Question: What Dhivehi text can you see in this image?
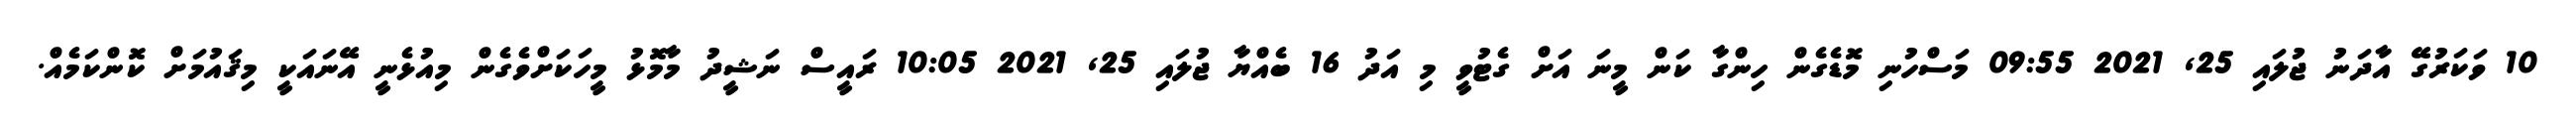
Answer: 10 ވަކަރުގޭ އާދަނު ޖުލައި 25, 2021 09:55 މަސްހުނި މޮޑެގެން ހިންގާ ކަން މީނަ އަށް ގެޓުވީ މި އަދު 16 ބެއްޔާ ޖުލައި 25, 2021 10:05 ރައީސް ނަޝީދު މާމޮޅު މީހަކަށްވެގެން މިއުޅެނީ އޭނައަކީ މިޤައުމަށް ކޮންކަމެއް.